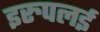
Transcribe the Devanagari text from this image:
इरुपलई